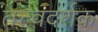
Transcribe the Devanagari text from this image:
तत्त्वदर्शक